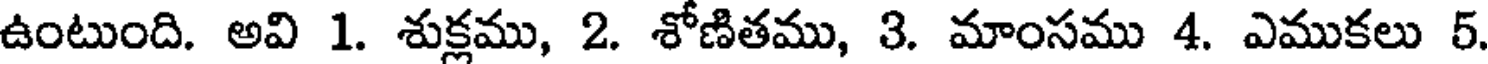
ఉంటుంది. అవి 1. శుక్లము, 2. శోణితము, 3. మాంసము 4. ఎముకలు 5